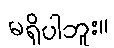
မရှိပါဘူး။